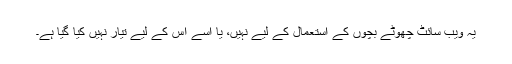
یہ ویب سائٹ چھوٹے بچوں کے استعمال کے لیے نہیں، یا اسے اس کے لیے تیار نہیں کیا گیا ہے۔